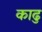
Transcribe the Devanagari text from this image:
काढु